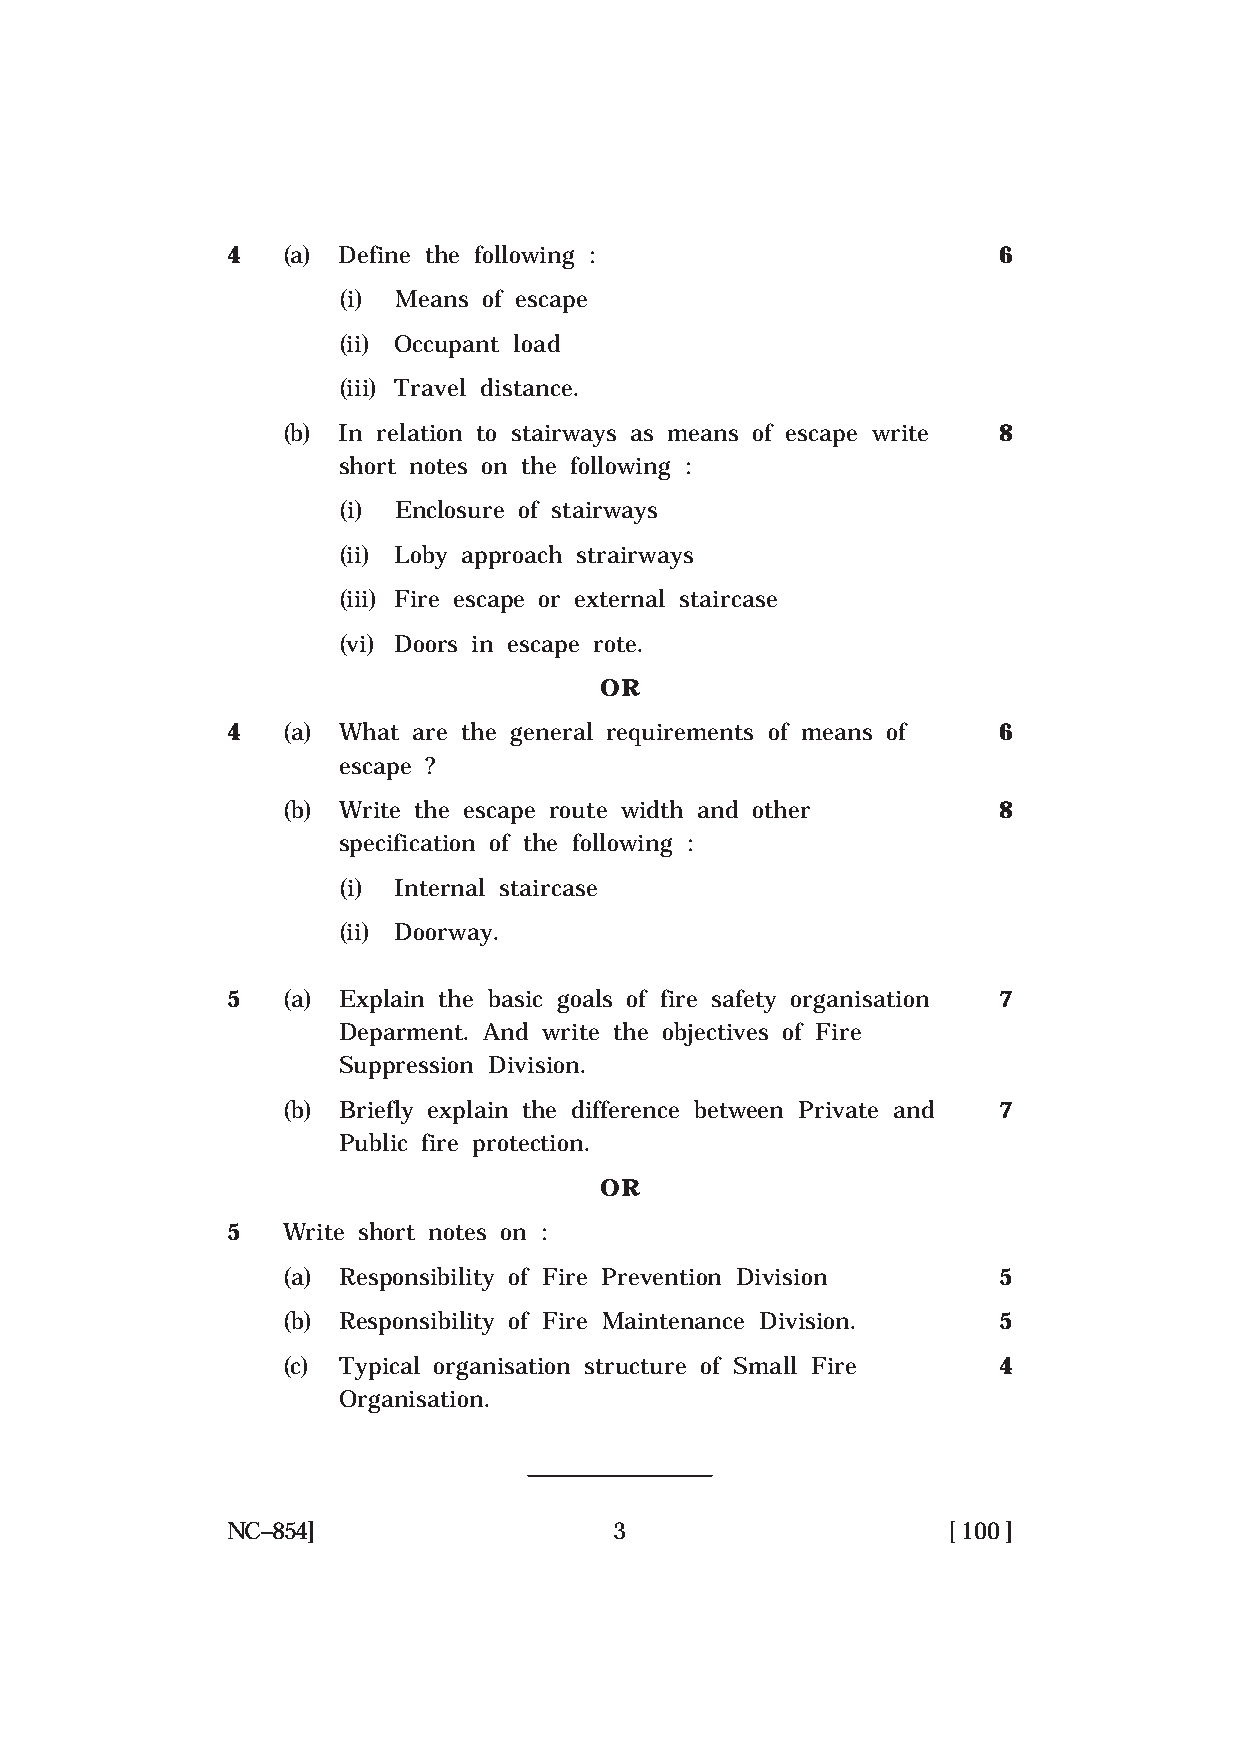
4   (a) Define the following :                     6
 (i) Means of escape
 (ii) Occupant load
 (iii) Travel distance.
 (b) In relation to stairways as means of escape write 8
 short notes on the following :
 (i) Enclosure of stairways
 (ii) Loby approach strairways
 (iii) Fire escape or external staircase
 (vi) Doors in escape rote.
 OR
 4   (a) What are the general requirements of means of 6
 escape ?
 (b) Write the escape route width and other     8
 specification of the following :
 (i) Internal staircase
 (ii) Doorway.
 5   (a) Explain the basic goals of fire safety organisation 7
 Deparment. And write the objectives of Fire
 Suppression Division.
 (b) Briefly explain the difference between Private and 7
 Public fire protection.
 OR
 5   Write short notes on :
 (a) Responsibility of Fire Prevention Division 5
 (b) Responsibility of Fire Maintenance Division. 5
 (c) Typical organisation structure of Small Fire 4
 Organisation.
 NC–854]                   3                     [ 100 ]